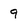
Character: 9